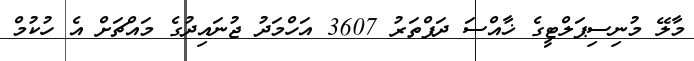
މާލޭ މުނިސިޕަލްޓީގެ ޚާއްސަ ދަފްތަރު 3607 އަހްމަދު ޖުނައިދުގެ މައްޗަށް އެ ހުކުމް